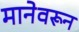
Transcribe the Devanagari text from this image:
मानेवरून